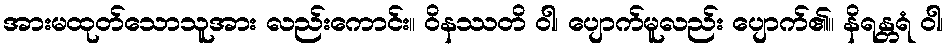
အားမထုတ်သောသူအား လည်းကောင်း။ ဝိနဿတိ ဝါ၊ ပျောက်မူလည်း ပျောက်၏။ နိရန္တရံ ဝါ၊